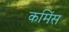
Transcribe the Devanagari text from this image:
कमिंस